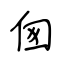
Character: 囪